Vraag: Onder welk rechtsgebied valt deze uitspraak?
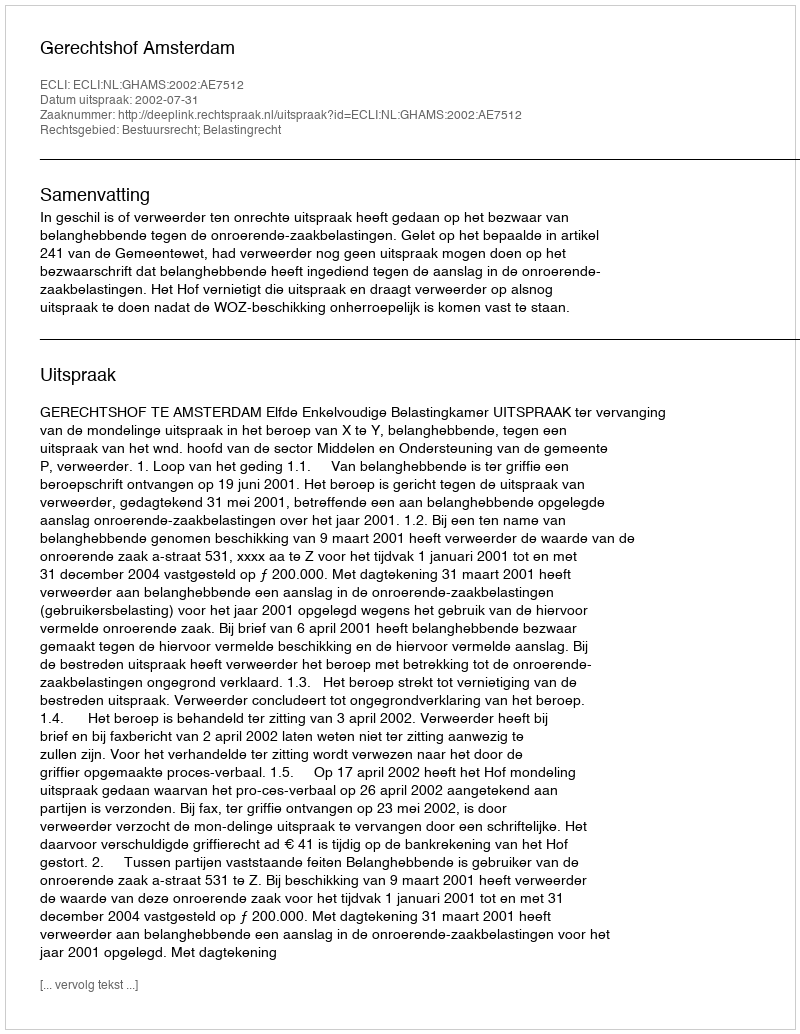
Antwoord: Bestuursrecht; Belastingrecht